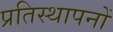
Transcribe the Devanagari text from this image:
प्रतिस्थापनों